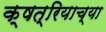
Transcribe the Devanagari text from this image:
क्षत्रियाच्या